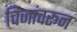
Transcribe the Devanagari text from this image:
चिजांवरून